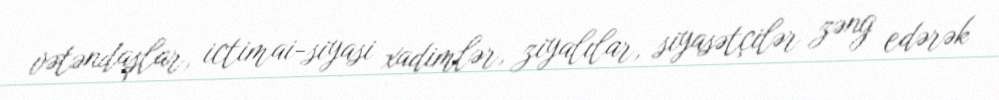
vətəndaşlar, ictimai-siyasi xadimlər, ziyalılar, siyasətçilər zəng edərək